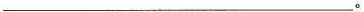
____。